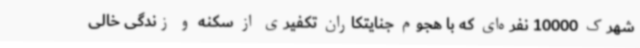
شهرک 10000 نفره‌ای که با هجوم جنایتکاران تکفیری از سکنه و زندگی خالی